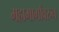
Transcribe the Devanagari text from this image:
महामार्गांवरुन